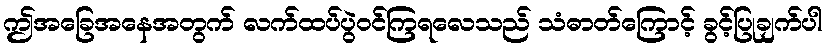
ဤအခြေအနေအတွက် လက်ထပ်ပွဲဝင်ကြရလေသည် သံဓာတ်ကြောင့် ခွင့်ပြုချက်ပါ